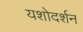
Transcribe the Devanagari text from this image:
यशोदर्शन